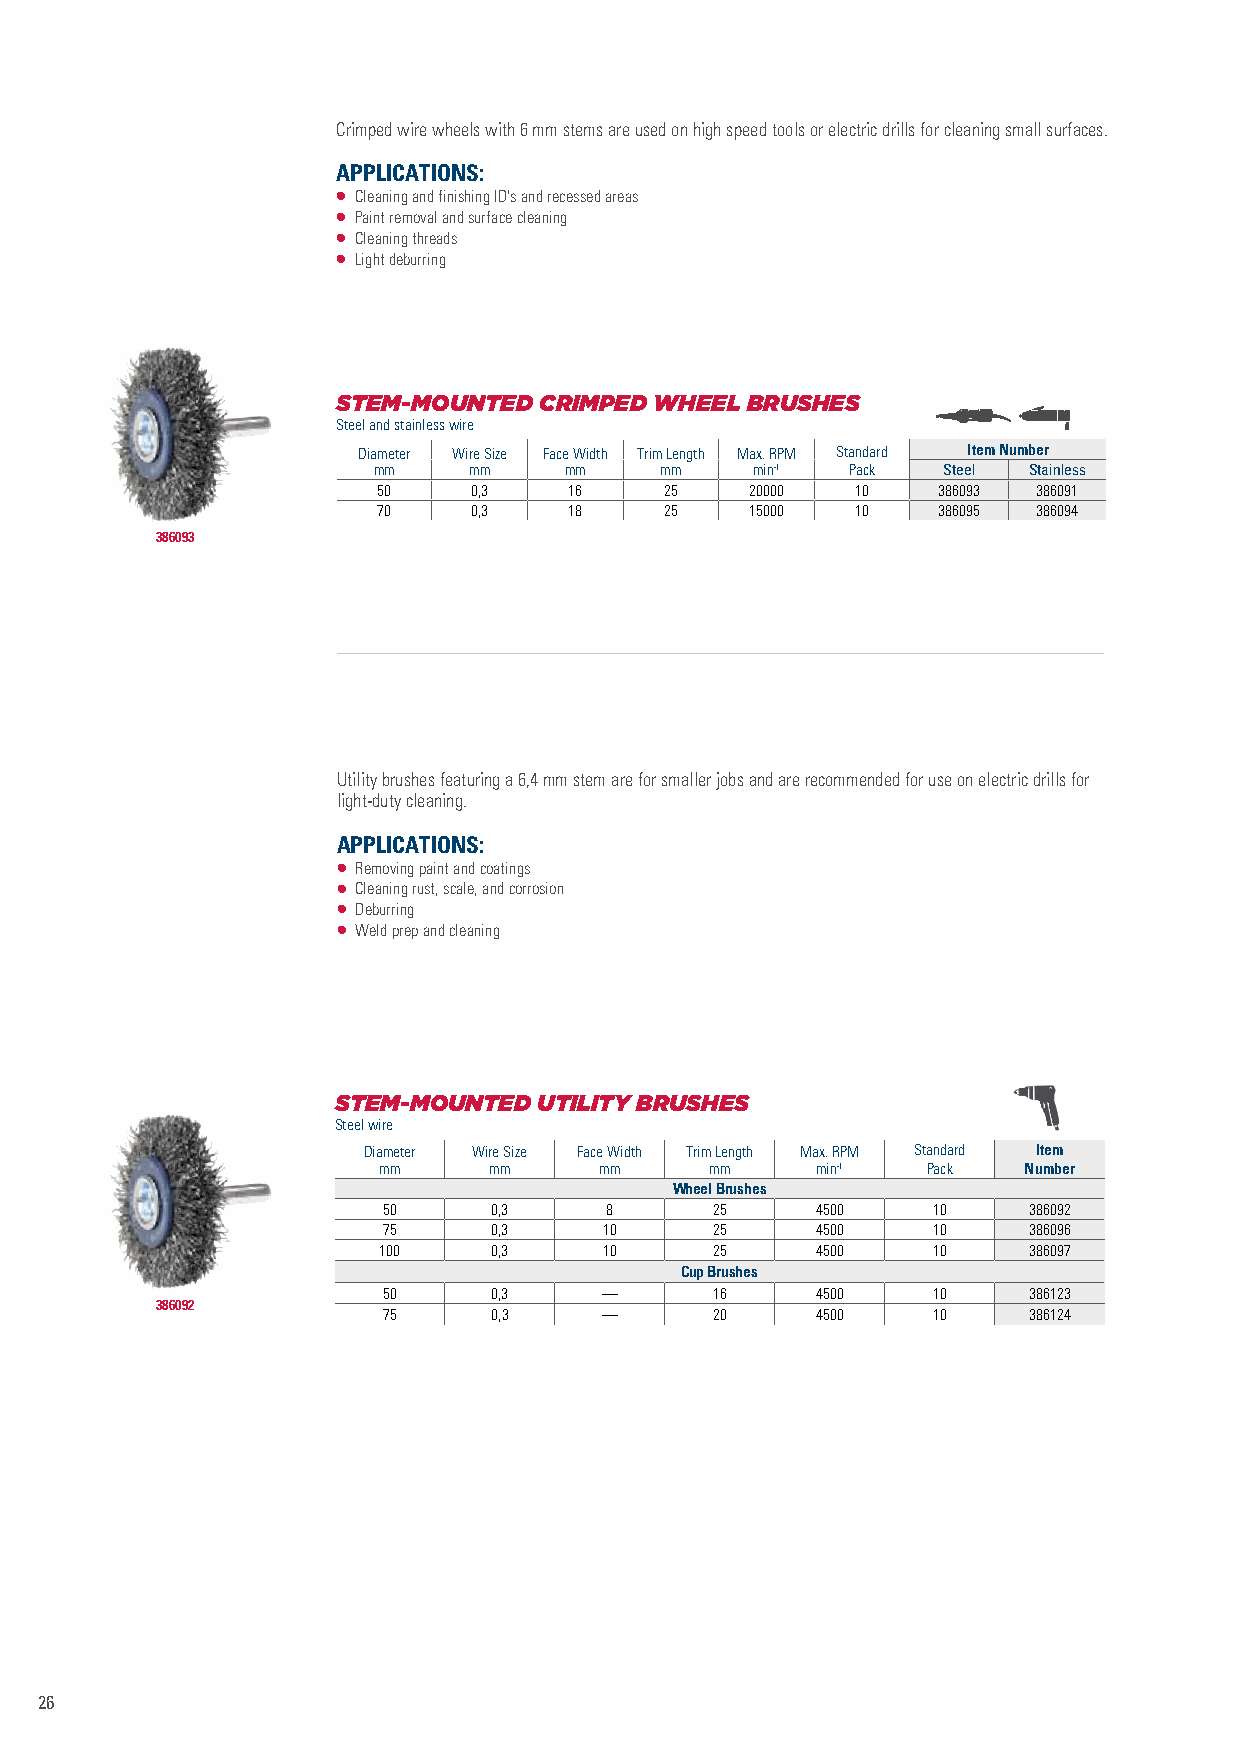
Crimped wire wheels with 6 mm stems are used on high speed tools or electric drills for cleaning small surfaces.
 APPLICATIONS:
 • Cleaning and finishing ID's and recessed areas
 • Paint removal and surface cleaning
 • Cleaning threads
 • Light deburring
 STEM-MOUNTED  CRIMPED WHEEL BRUSHES
 Steel and stainless wire
 Diameter Wire Size Face Width Trim Length Max. RPM Standard Item Number
 mm    mm    mm     mm    min-1 Pack  Steel Stainless
 50    0,3    16    25    20000  10   386093 386091
 70    0,3    18    25    15000  10   386095 386094
 386093
 Utility brushes featuring a 6,4 mm stem are for smaller jobs and are recommended for use on electric drills for
 light-duty cleaning.
 APPLICATIONS:
 • Removing paint and coatings
 • Cleaning rust, scale, and corrosion
 • Deburring
 • Weld prep and cleaning
 STEM-MOUNTED  UTILITY BRUSHES
 Steel wire
 Diameter Wire Size Face Width Trim Length Max. RPM Standard Item
 mm     mm      mm     mm     min-1  Pack   Number
 Wheel Brushes
 50     0,3     8      25     4500    10    386092
 75     0,3     10     25     4500    10    386096
 100    0,3     10     25     4500    10    386097
 Cup Brushes
 50     0,3     —      16     4500    10    386123
 386092
 75     0,3     —      20     4500    10    386124
 26